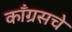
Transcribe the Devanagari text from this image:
काँग्रसचे